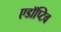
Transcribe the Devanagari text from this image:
एडॉप्टिव